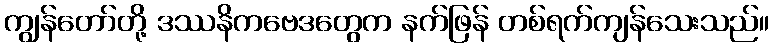
ကျွန်တော်တို့ ဒဿနိကဗေဒတွေက နက်ဖြန် တစ်ရက်ကျန်သေးသည်။